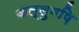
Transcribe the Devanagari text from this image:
कल्लुवष़ि